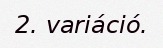
2. variáció.